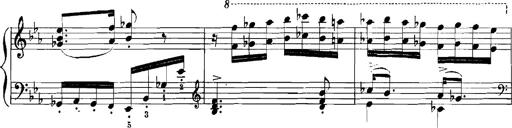
Title: Rhapsodies hongroises
Composer: Franz Liszt